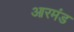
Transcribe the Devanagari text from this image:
आरमंड